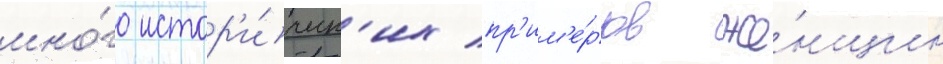
мно́го истор'и́ческ'их пр'им'е́ров же́нщин